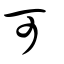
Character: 可